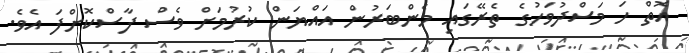
އޮތް ހަ މަސްދުވަހުގެ ތެރޭގައި މެންބަރުން އައްޔަން ކުރުމަށް ވެސް ފާސްކޮށްފަ އެވެ.